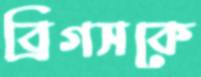
ব্রিগসকে